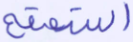
استمتع